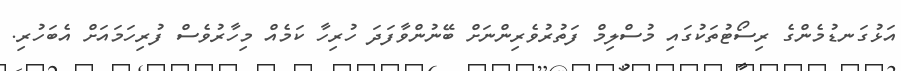
އަޅުގަނޑުމެންގެ ރިސޯޓުތަކުގައި މުސްލިމް ފަތުރުވެރިންނަށް ބޭނުންވާފަދަ ހުރިހާ ކަމެއް މިހާރުވެސް ފުރިހަމައަށް އެބަހުރި.